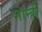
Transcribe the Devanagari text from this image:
नान्ही